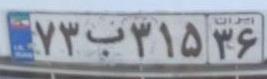
۷۳ب۳۱۵۳۶